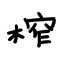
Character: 榨